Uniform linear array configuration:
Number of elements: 24
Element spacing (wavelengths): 0.25
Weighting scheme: exponential
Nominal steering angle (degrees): -15
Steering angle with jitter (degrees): -13.575
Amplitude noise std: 0.05
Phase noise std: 0.05

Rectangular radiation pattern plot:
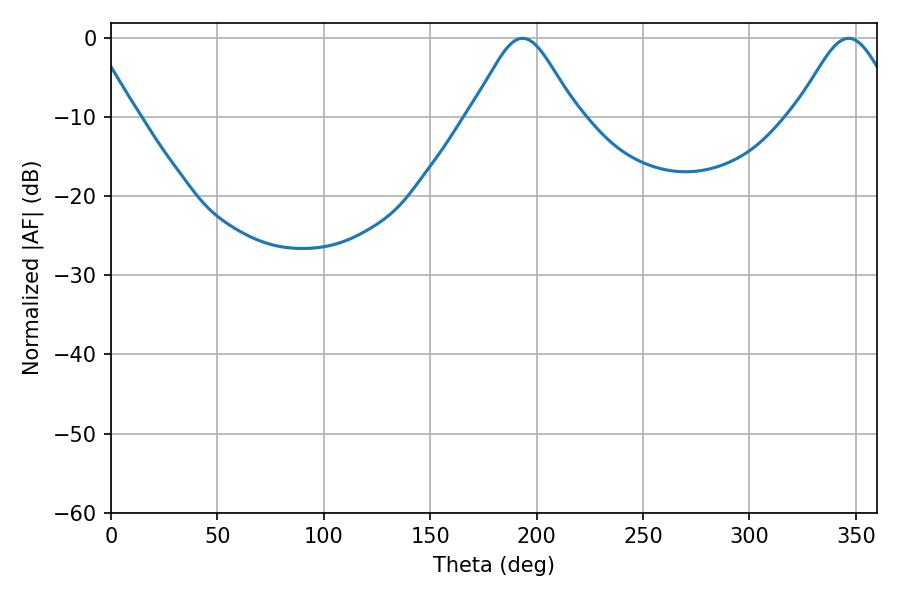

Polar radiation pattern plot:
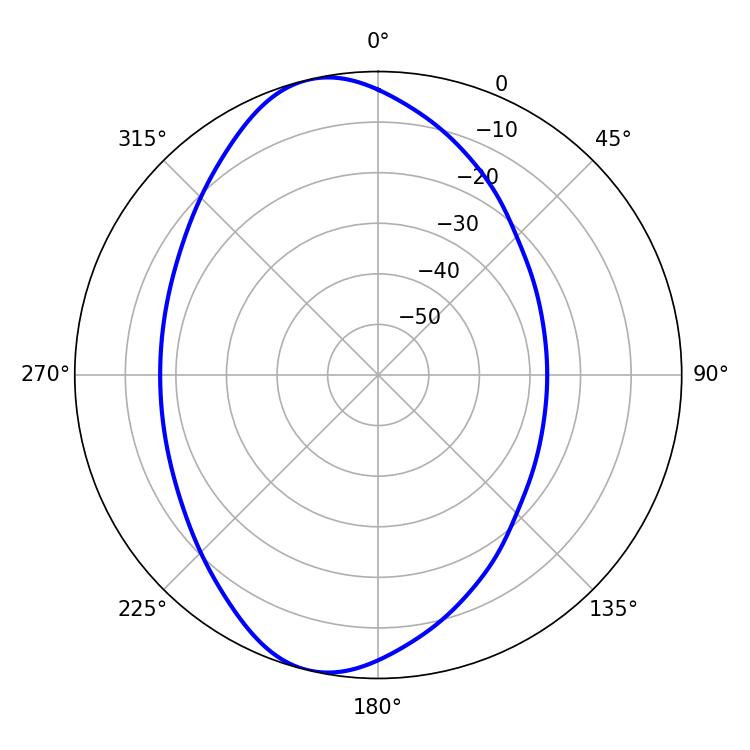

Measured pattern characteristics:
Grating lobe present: FALSE
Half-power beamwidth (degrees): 24.12
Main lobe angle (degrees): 193.32